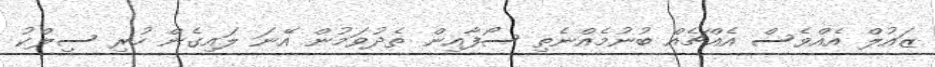
ޒައުލް އެއްވެސް އެއްޗެއް ބުނުމެއްނެތި ސޯފާއިން ތެދުވަމުން އޭނަ ލައިގެން ހުރި ސިލްކު